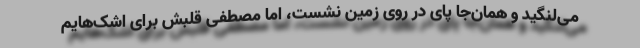
می‌لنگید و همان‌جا پای در روی زمین نشست، اما مصطفی قلبش برای اشک‌هایم